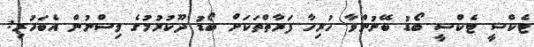
ޓެކްސީ ޓެކްސީ ބޯޑު ބޭނުންވާ ހުރިހާ ފަރާތްތަކަށް ބޯޑު ދޫކުރުމުގެ ވިސްނުން އެބަހުރި: